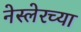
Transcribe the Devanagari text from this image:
नेस्लेरच्या